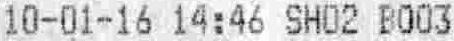
10-01-16 14:46 SH02 B003